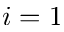
i = 1